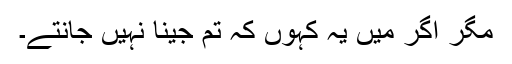
مگر اگر میں یہ کہوں کہ تم جینا نہیں جانتے۔